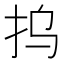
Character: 𰓆